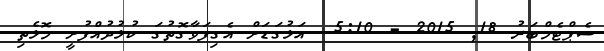
ސެޕްޓެމްބަރު 18